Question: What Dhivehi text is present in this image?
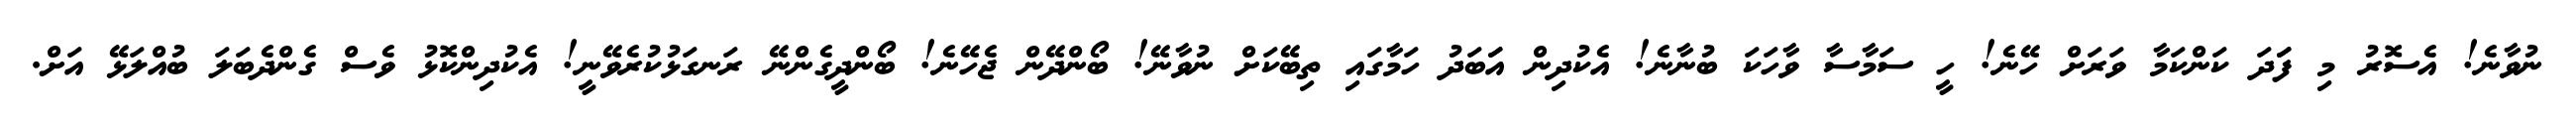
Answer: ނުވާނެ! އެސޮރު މި ފަަދަ ކަންކަމާ ވަރަށް ހޭނެ! ހީ ސަމާސާ ވާހަކަ ބުނާނެ! އެކުދިން އަަބަދު ހަމާގައި ތިބޭކަށް ނުވާނޭ! ބޯންދޭން ޖެހޭނެ! ބޯންދީގެންނޭ ރަނގަޅުކުރެވޭނީ! އެކުދިންކޮޅު ވެސް ގެންދެބަލަ ބުއްލަޅޭ އަށް.